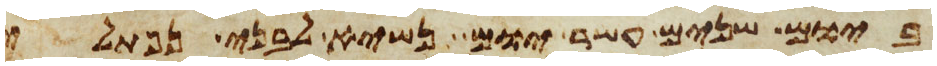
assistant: ביום שנים עשר יום נשיא לבני נפתלי